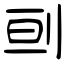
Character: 刯